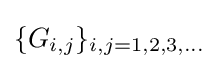
\{G_{i,j}\}_{i,j=1,2,3,\dots }